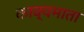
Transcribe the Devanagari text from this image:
काव्यमाता